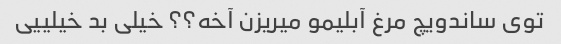
توی ساندویچ مرغ آبلیمو میریزن آخه؟؟ خیلی بد خیلییی